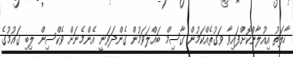
ހާލަތު އިއުލާންކޮށްފައިވާ ވަގުތެއްކަމުން ގާސިމް ބައްލަވަމުން ގެންދަވަނީ އެންމެނަށް ވެކްސިން ލިބި ގައުމުގެ